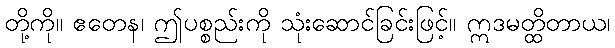
တို့ကို။ ဧတေန၊ ဤပစ္စည်းကို သုံးဆောင်ခြင်းဖြင့်။ ဣဒမတ္ထိတာယ၊